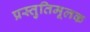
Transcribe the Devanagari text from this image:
प्रस्तुतिमूलक